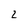
Character: z